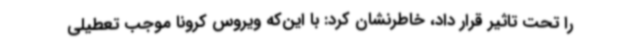
را تحت تاثیر قرار داد، خاطرنشان کرد: با این‌که ویروس کرونا موجب تعطیلی